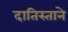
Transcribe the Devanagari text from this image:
दातिस्ताने